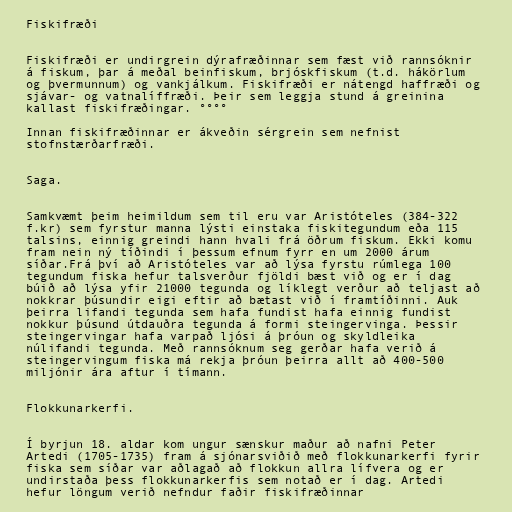
Fiskifræði

Fiskifræði er undirgrein dýrafræðinnar sem fæst við rannsóknir
á fiskum, þar á meðal beinfiskum, brjóskfiskum (t.d. hákörlum
og þvermunnum) og vankjálkum. Fiskifræði er nátengd haffræði og
sjávar- og vatnalíffræði. Þeir sem leggja stund á greinina
kallast fiskifræðingar. °°°°

Innan fiskifræðinnar er ákveðin sérgrein sem nefnist
stofnstærðarfræði.

Saga.

Samkvæmt þeim heimildum sem til eru var Aristóteles (384-322
f.kr) sem fyrstur manna lýsti einstaka fiskitegundum eða 115
talsins, einnig greindi hann hvali frá öðrum fiskum. Ekki komu
fram nein ný tíðindi í þessum efnum fyrr en um 2000 árum
síðar.Frá því að Aristóteles var að lýsa fyrstu rúmlega 100
tegundum fiska hefur talsverður fjöldi bæst við og er í dag
búið að lýsa yfir 21000 tegunda og líklegt verður að teljast að
nokkrar þúsundir eigi eftir að bætast við í framtíðinni. Auk
þeirra lifandi tegunda sem hafa fundist hafa einnig fundist
nokkur þúsund útdauðra tegunda á formi steingervinga. Þessir
steingervingar hafa varpað ljósi á þróun og skyldleika
núlifandi tegunda. Með rannsóknum seg gerðar hafa verið á
steingervingum fiska má rekja þróun þeirra allt að 400-500
miljónir ára aftur í tímann.

Flokkunarkerfi.

Í byrjun 18. aldar kom ungur sænskur maður að nafni Peter
Artedi (1705-1735) fram á sjónarsviðið með flokkunarkerfi fyrir
fiska sem síðar var aðlagað að flokkun allra lífvera og er
undirstaða þess flokkunarkerfis sem notað er í dag. Artedi
hefur löngum verið nefndur faðir fiskifræðinnar